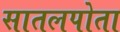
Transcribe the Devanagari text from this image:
सातलपोता